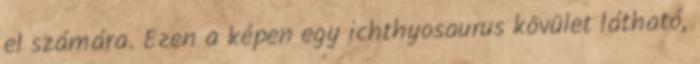
el számára. Ezen a képen egy ichthyosaurus kövület látható,